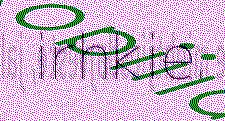
irhkie.